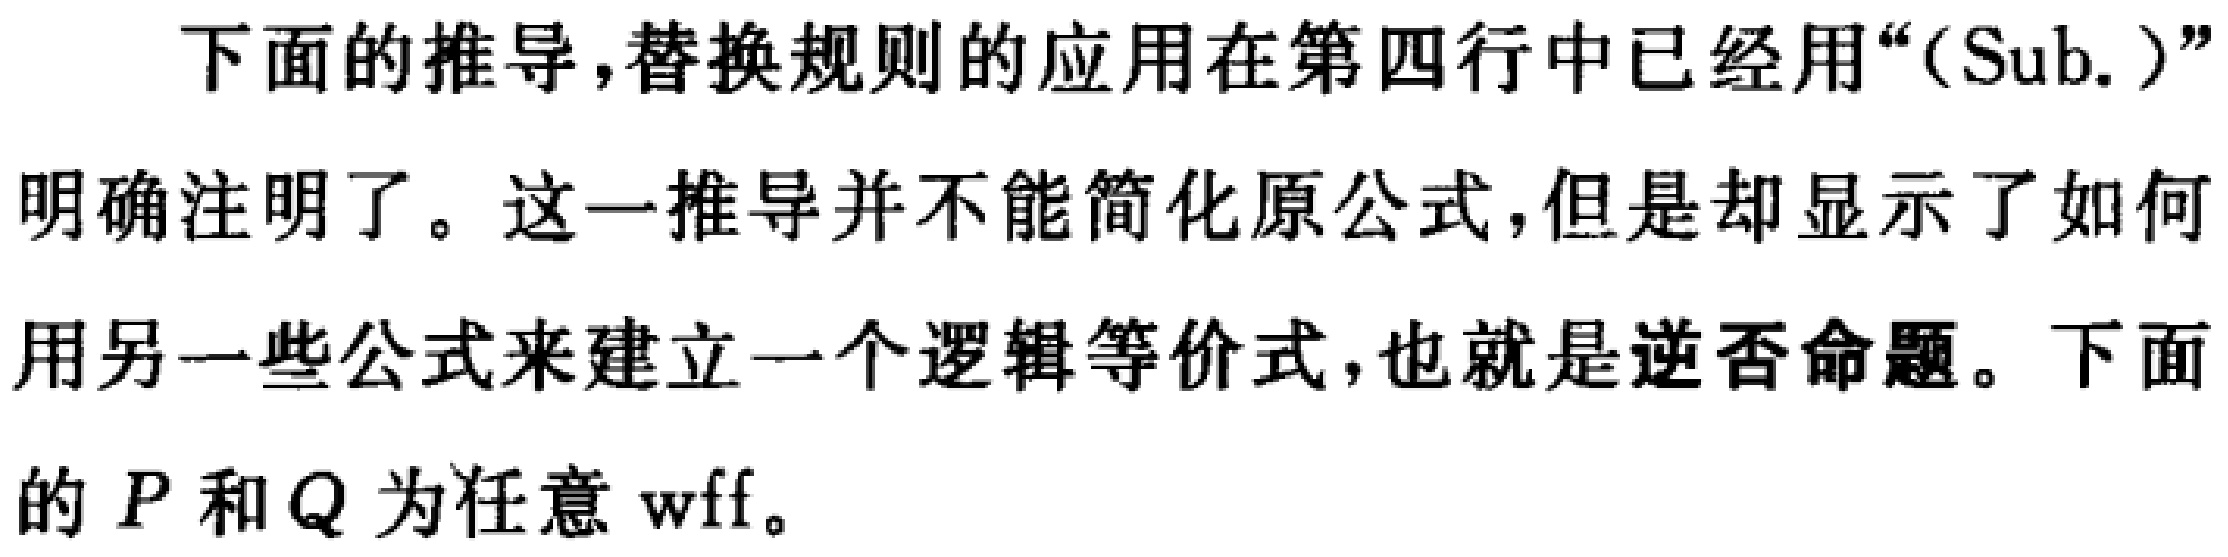
下面的推导,替换规则的应用在第四行中已经用“(Sub.)”明确注明了。这一推导并不能简化原公式,但是却显示了如何用另一些公式来建立一个逻辑等价式,也就是逆否命题。下面的 \(P\) 和 \(Q\) 为任意 wff。